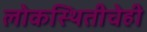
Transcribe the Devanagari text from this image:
लोकस्थितीचेही